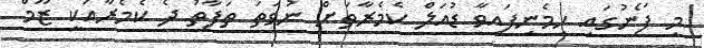
މި ފޯނުގައި ހިމެނިފައިވާ ޑުއަލް ކެމެރާތަށް ނުވަތަ ތަފާތު ދެ ކެމެރާއަކީ ޒޫމް